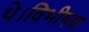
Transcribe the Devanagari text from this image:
थे।विभीषण